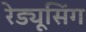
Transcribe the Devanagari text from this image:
रेड्यूसिंग